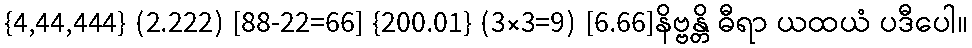
{4,44,444} (2.222) [88-22=66] {200.01} (3×3=9) [6.66]နိဗ္ဗန္တိ ဓီရာ ယထယံ ပဒီပေါ။